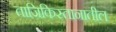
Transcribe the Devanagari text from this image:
ताजिकिस्तानातील